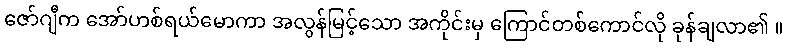
ဇော်ဂျီက အော်ဟစ်ရယ်မောကာ အလွန်မြင့်သော အကိုင်းမှ ကြောင်တစ်ကောင်လို ခုန်ချလာ၏ ။